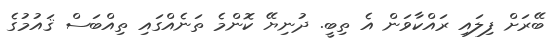
ބޭރަށް ފިލައި ރައްކާވަން އެ ތިބީ. ދުނިޔޭ ކޮންމެ ތަނެއްގައި ތިއްބަސް ޤައުމުގެ